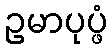
ဥမာပုပ္ဖံ